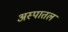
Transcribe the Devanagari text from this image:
अस्पातल